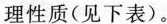
理性质(见下表)。